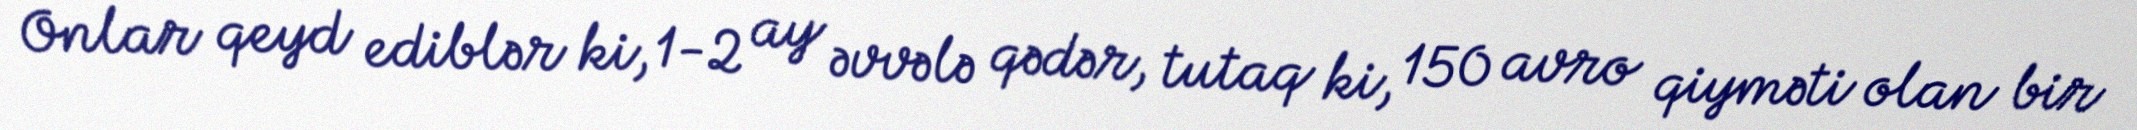
Onlar qeyd ediblər ki, 1-2 ay əvvələ qədər, tutaq ki, 150 avro qiyməti olan bir